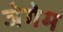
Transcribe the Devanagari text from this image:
जेगेम